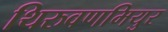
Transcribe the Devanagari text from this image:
थिरुवणमियुर